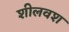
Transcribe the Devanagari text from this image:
शीलवश